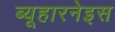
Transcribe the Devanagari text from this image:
ब्यूहारनेइस